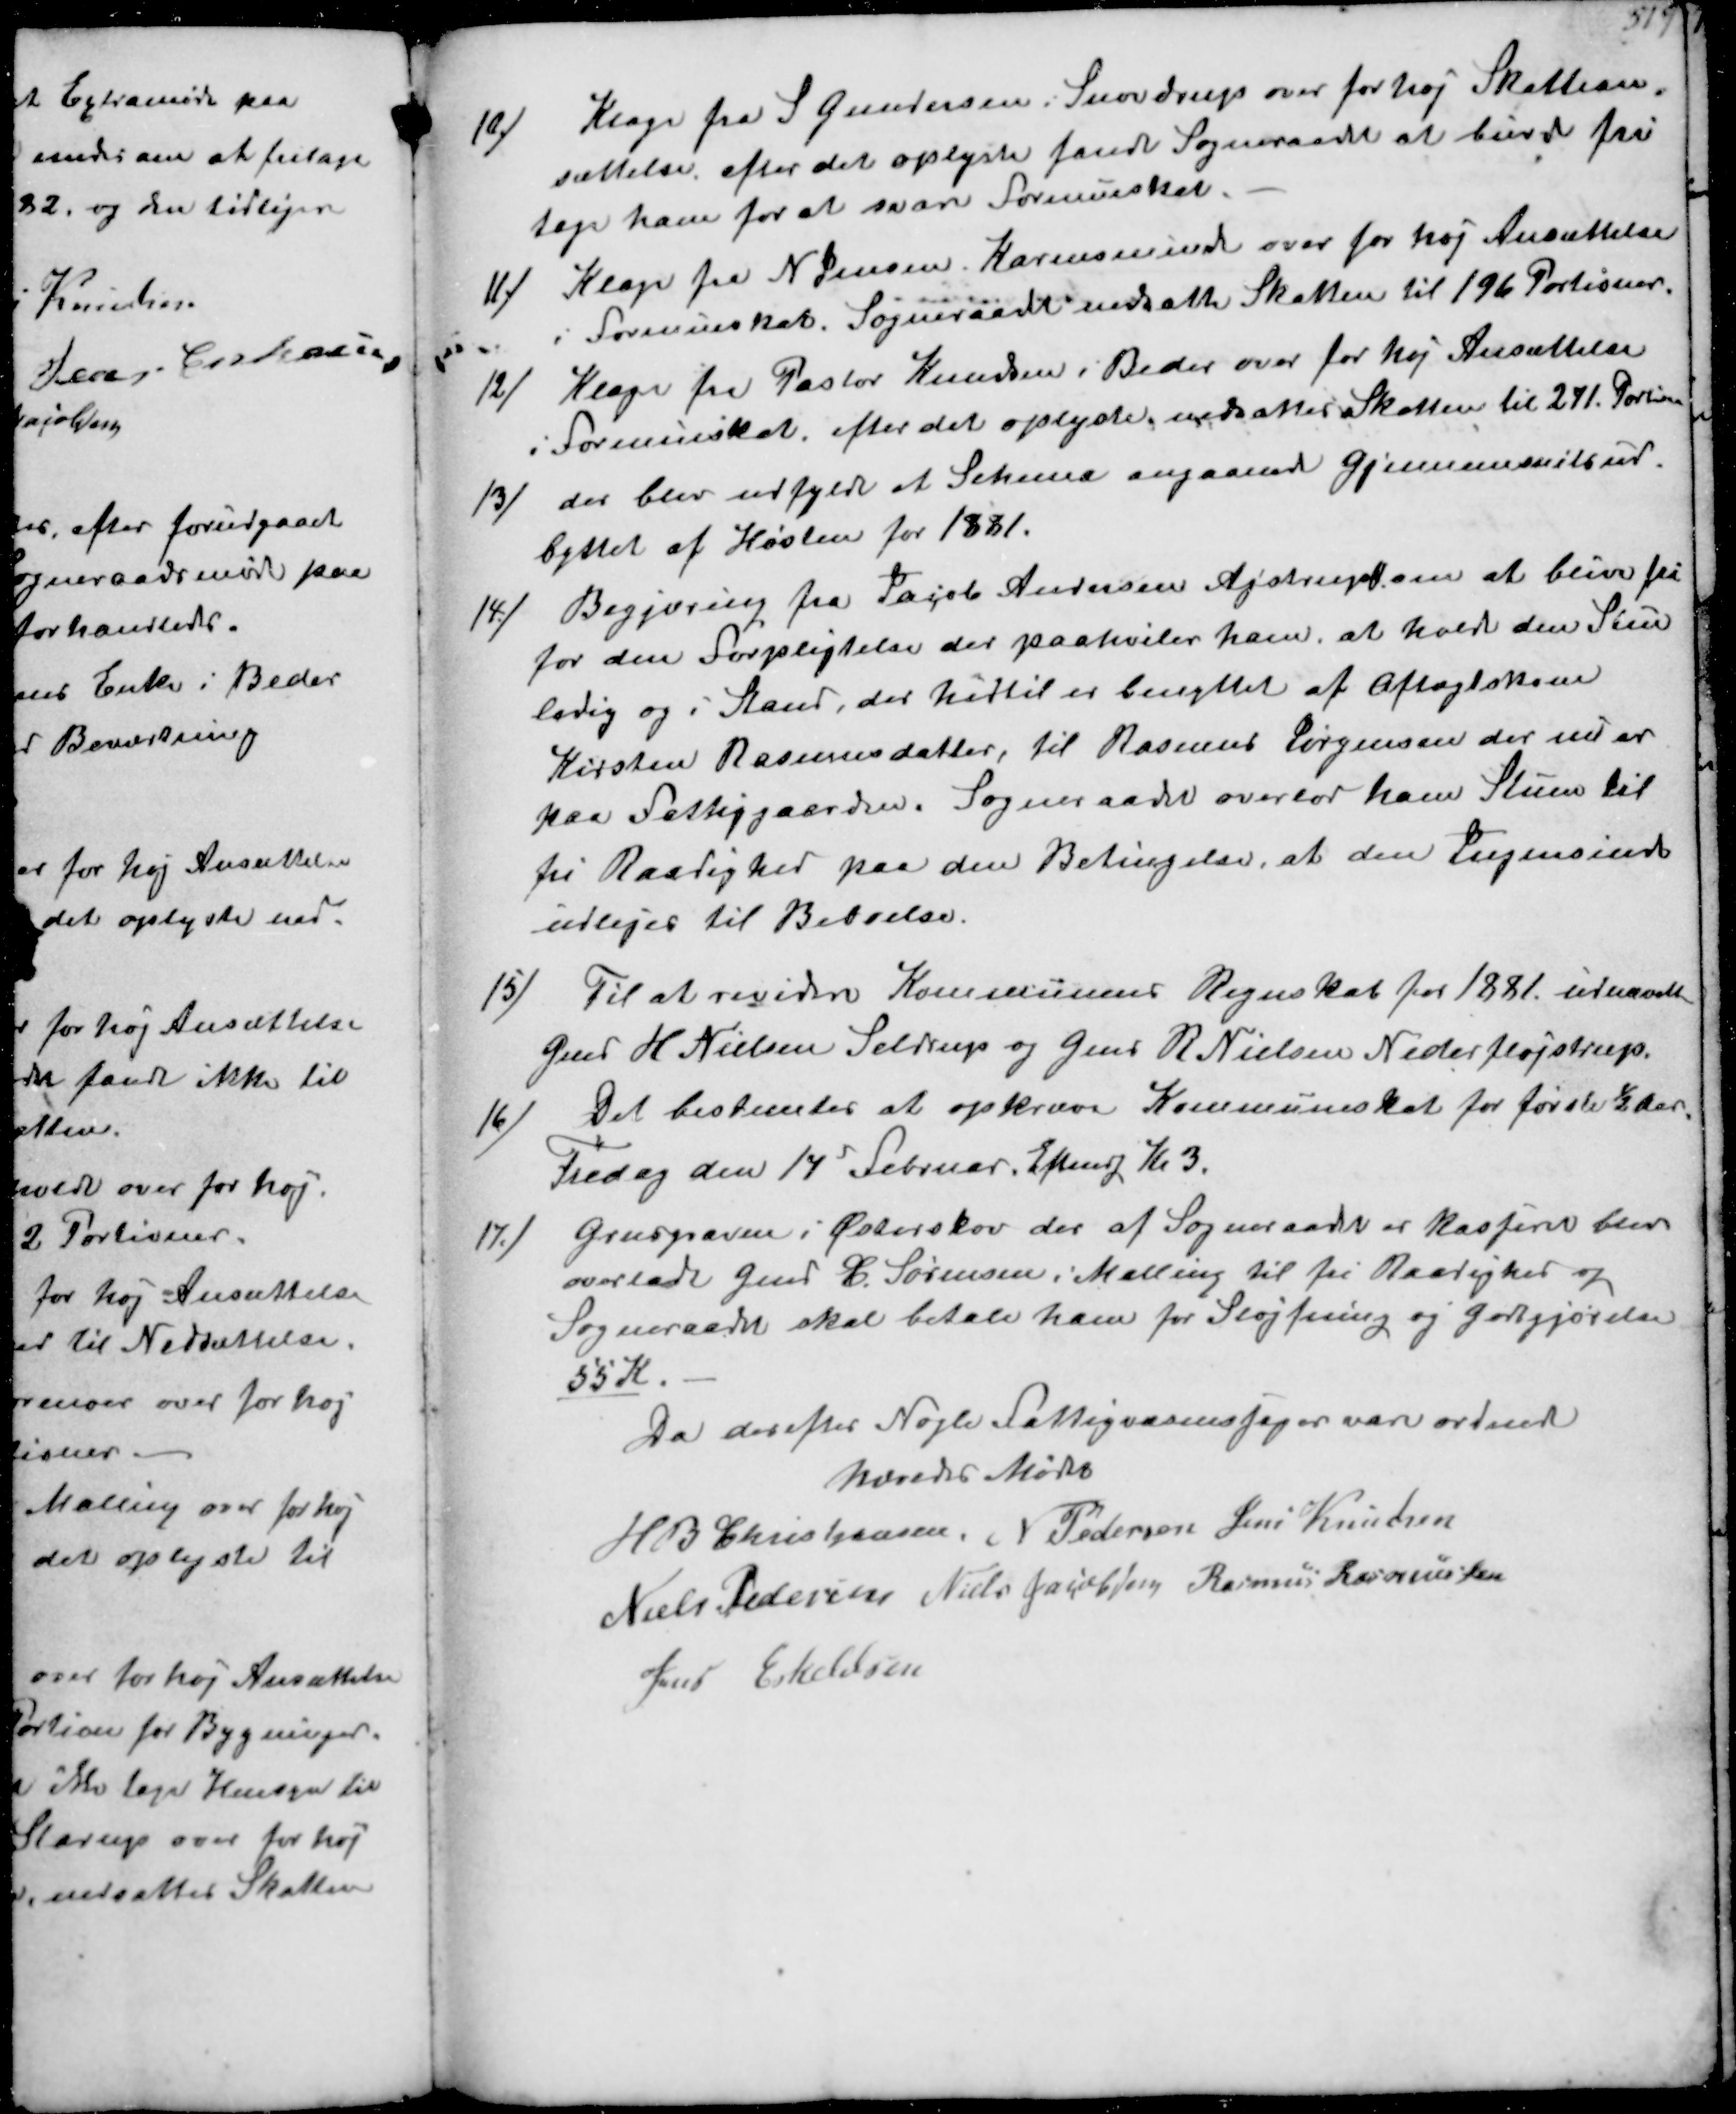
Transskription:
10/ 
Klage fra S Gundersen i Snovdrup over for høj Skattean-
sættelse, efter det oplyste fandt Sogneraadet at burde fri-
tage ham for at svare Formueskat
11/
Klage fra N Jensen Karensminde over for høj Ansættelse
i Formueskat. Sogneraadet nedsatte Skatten til 196 Portioner
12/
Klage fra Pastor Knudsen i Beder over for høj Ansættelse
i Formueskat, efter det oplyste nedsattes Skatten til 271 Portioner
13/
der blev udfyldt et Skema angaaende Gjennemsnitsud-
byttet af Høsten for 1881
14/
Begjæring fra Jacob Andersen Ajstrup om at blive fri
for den Forpligtelse der paahviler ham at holde den Stue
lødig og i Stand, der hidtil er benyttet af Aftægtskone 
Kirsten Rasmusdatter, til Rasmus Jørgensen der nu er
paa Fattiggaarden. Sogneraadet overlod ham Stuen til
fri Raadighed paa denBetingelse, at den Ingensinde
udlejes til Beboelse
15/
Til at revidere Kommunens Regnskab for 1881 udmeldtes
Gmd H Nielsen Snovdrup og Gmd R Nielsen Nederfløjstrup
16/
Det bestemtes at opkræve Kommuneskat for første ½ Aar
Fredag den 14d Februar Eftermdg Kl. 3
17/
Grusgraven i Østerskov der af Sogneraadet er kasseret blev 
overladt Gmd C Sørensen i Malling til fri Raadighed
Sogneraadet skal betale ham for Sløjfning og Godtgjørelsen
55 K
Da derefter Nogle Fattigsager var ordnet
hævedes Mødet
H B Christiansen
N Pedersen
Jens Knudsen
Niels Pedersen
Niels Jacobsen
Rasmus Rasmussen
Jens Eskildsen